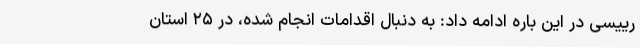
رییسی در این باره ادامه داد: به دنبال اقدامات انجام شده، در ۲۵ استان